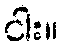
ငါး။